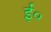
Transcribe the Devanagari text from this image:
ईं०